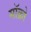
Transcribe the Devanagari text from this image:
मॉक्रो